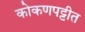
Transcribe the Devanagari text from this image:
कोकणपट्टीत